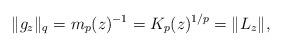
LaTeX: \begin{align*}\lVert{g_z}\rVert_q=m_p(z)^{-1}=K_p(z)^{1/p}=\lVert{L_z}\rVert,\end{align*}